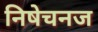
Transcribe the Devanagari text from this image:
निषेचनज